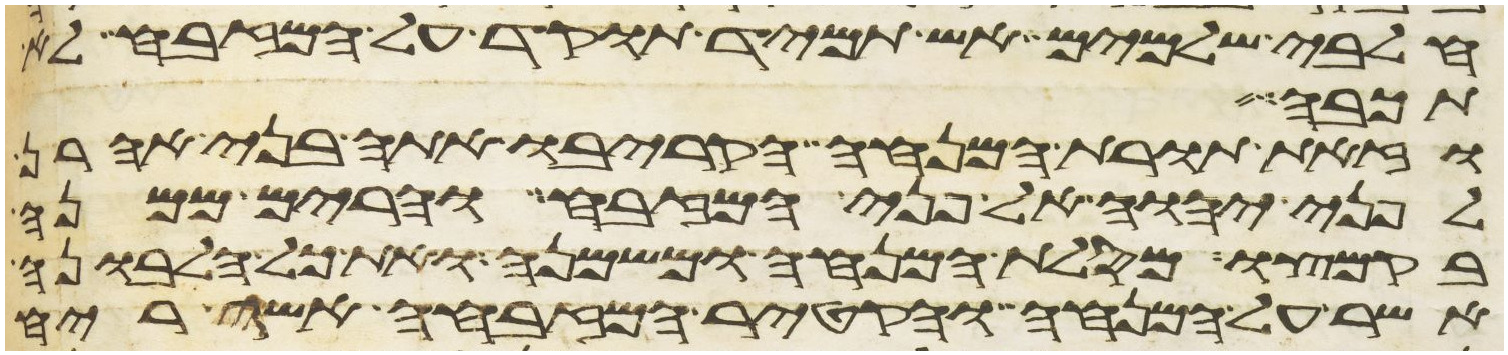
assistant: חלבי שלמים אש תמיד תוקד על המזבח לא
תכבה
וזאת תורת המנחה הקריבו אתה בני אהרן
לפני יהוה אל פני המזבח והרים ממנה
בקמצו מסלת המנחה ומשמנה ואת כל הלבונה
אשר על המנחה והקטיר המזבחה אשה ריח